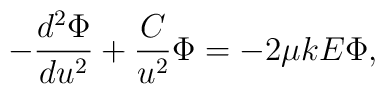
-\frac{d^2\Phi}{du^2}+\frac{C}{u^2}\Phi=-2\mu k E \Phi,